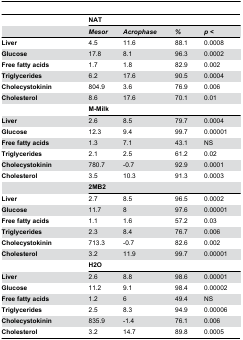
|  | <COLSPAN=4> NAT |
 |  | Mesor | Acrophase | % | p< |
 | --- | --- | --- | --- | --- |
 | Liver | 4.5 | 11.6 | 88.1 | 0.0008 |
 | Glucose | 17.8 | 8.1 | 96.3 | 0.0002 |
 | Free fatty acids | 1.7 | 1.8 | 82.9 | 0.002 |
 | Triglycerides | 6.2 | 17.6 | 90.5 | 0.0004 |
 | Cholecystokinin | 804.9 | 3.6 | 76.9 | 0.006 |
 | Cholesterol | 8.6 | 17.6 | 70.1 | 0.01 |
 |  | <COLSPAN=4> M-Milk |
 | Liver | 2.6 | 8.5 | 79.7 | 0.0004 |
 | Glucose | 12.3 | 9.4 | 99.7 | 0.00001 |
 | Free fatty acids | 1.3 | 7.1 | 43.1 | NS |
 | Triglycerides | 2.1 | 2.5 | 61.2 | 0.02 |
 | Cholecystokinin | 780.7 | -0.7 | 92.9 | 0.0001 |
 | Cholesterol | 3.5 | 10.3 | 91.3 | 0.0003 |
 |  | <COLSPAN=4> 2MB2 |
 | Liver | 2.7 | 8.5 | 96.5 | 0.0002 |
 | Glucose | 11.7 | 8 | 97.6 | 0.00001 |
 | Free fatty acids | 1.1 | 1.6 | 57.2 | 0.03 |
 | Triglycerides | 2.3 | 8.4 | 76.7 | 0.006 |
 | Cholecystokinin | 713.3 | -0.7 | 82.6 | 0.002 |
 | Cholesterol | 3.2 | 11.9 | 99.7 | 0.00001 |
 |  | <COLSPAN=4> H2O |
 | Liver | 2.6 | 8.8 | 98.6 | 0.00001 |
 | Glucose | 11.2 | 9.1 | 98.4 | 0.00002 |
 | Free fatty acids | 1.2 | 6 | 49.4 | NS |
 | Triglycerides | 2.5 | 8.3 | 94.9 | 0.00006 |
 | Cholecystokinin | 835.9 | -1.4 | 76.1 | 0.006 |
 | Cholesterol | 3.2 | 14.7 | 89.8 | 0.0005 |